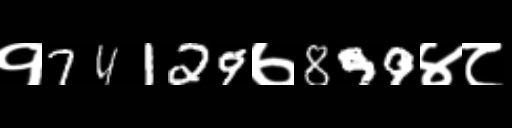
Text: १74129७899४८